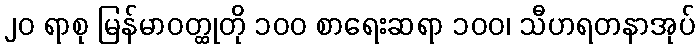
၂၀ ရာစု မြန်မာဝတ္ထုတို ၁၀၀ စာရေးဆရာ ၁၀၀၊ သီဟရတနာအုပ်